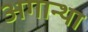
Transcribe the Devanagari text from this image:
अगान्था